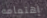
إهتمامه